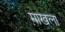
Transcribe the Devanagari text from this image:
माखला